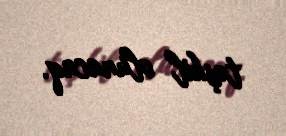
təşkil olunacaq.